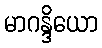
မာဂန္ဒိယော